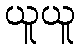
ယူယူ